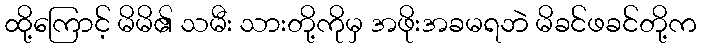
ထို့ကြောင့် မိမိ၏ သမီး သားတို့ကိုမှ အဖိုးအခမရဘဲ မိခင်ဖခင်တို့က